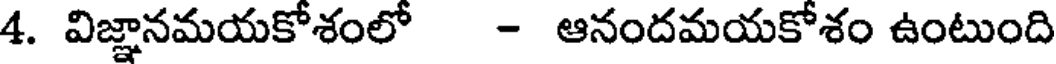
4. విజ్ఞానమయకోశంలో - ఆనందమయకోశం ఉంటుంది